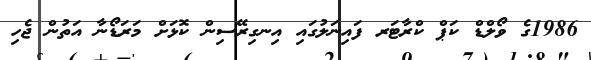
1986ގެ ވޯލްޑް ކަޕް ކްރާޓަރ ފައިނަލުގައި އިނގިރޭސިން ކޮޅަށް މަރަޑޯނާ އަތުން ޖެހި